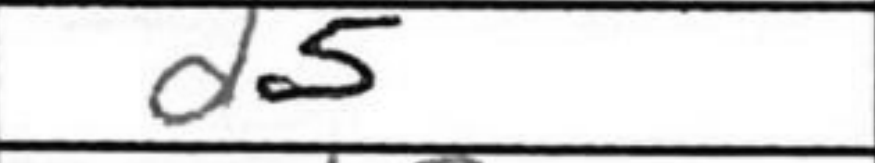
Transcription: d5